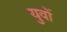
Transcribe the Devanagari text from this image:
युवों